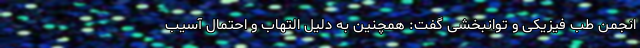
انجمن طب فیزیکی و توانبخشی گفت: همچنین به دلیل التهاب و احتمال آسیب